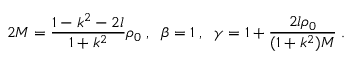
2 M = \frac { 1 - k ^ { 2 } - 2 l } { 1 + k ^ { 2 } } \rho _ { 0 } \; , \; \; \beta = 1 \; , \; \; \gamma = 1 + \frac { 2 l \rho _ { 0 } } { ( 1 + k ^ { 2 } ) M } \; .